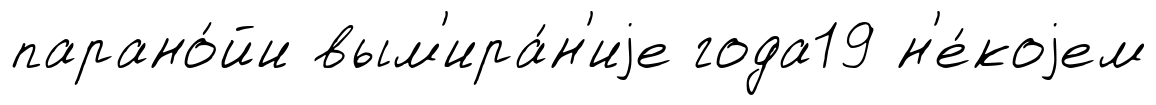
парано́йи вым'ира́н'иjе года19 н'е́коjем